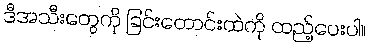
ဒီအသီးတွေကို ခြင်းတောင်းထဲကို ထည့်ပေးပါ။